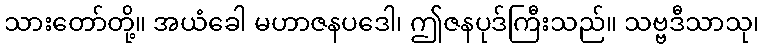
သားတော်တို့။ အယံခေါ မဟာဇနပဒေါ၊ ဤဇနပုဒ်ကြီးသည်။ သဗ္ဗဒီသာသု၊